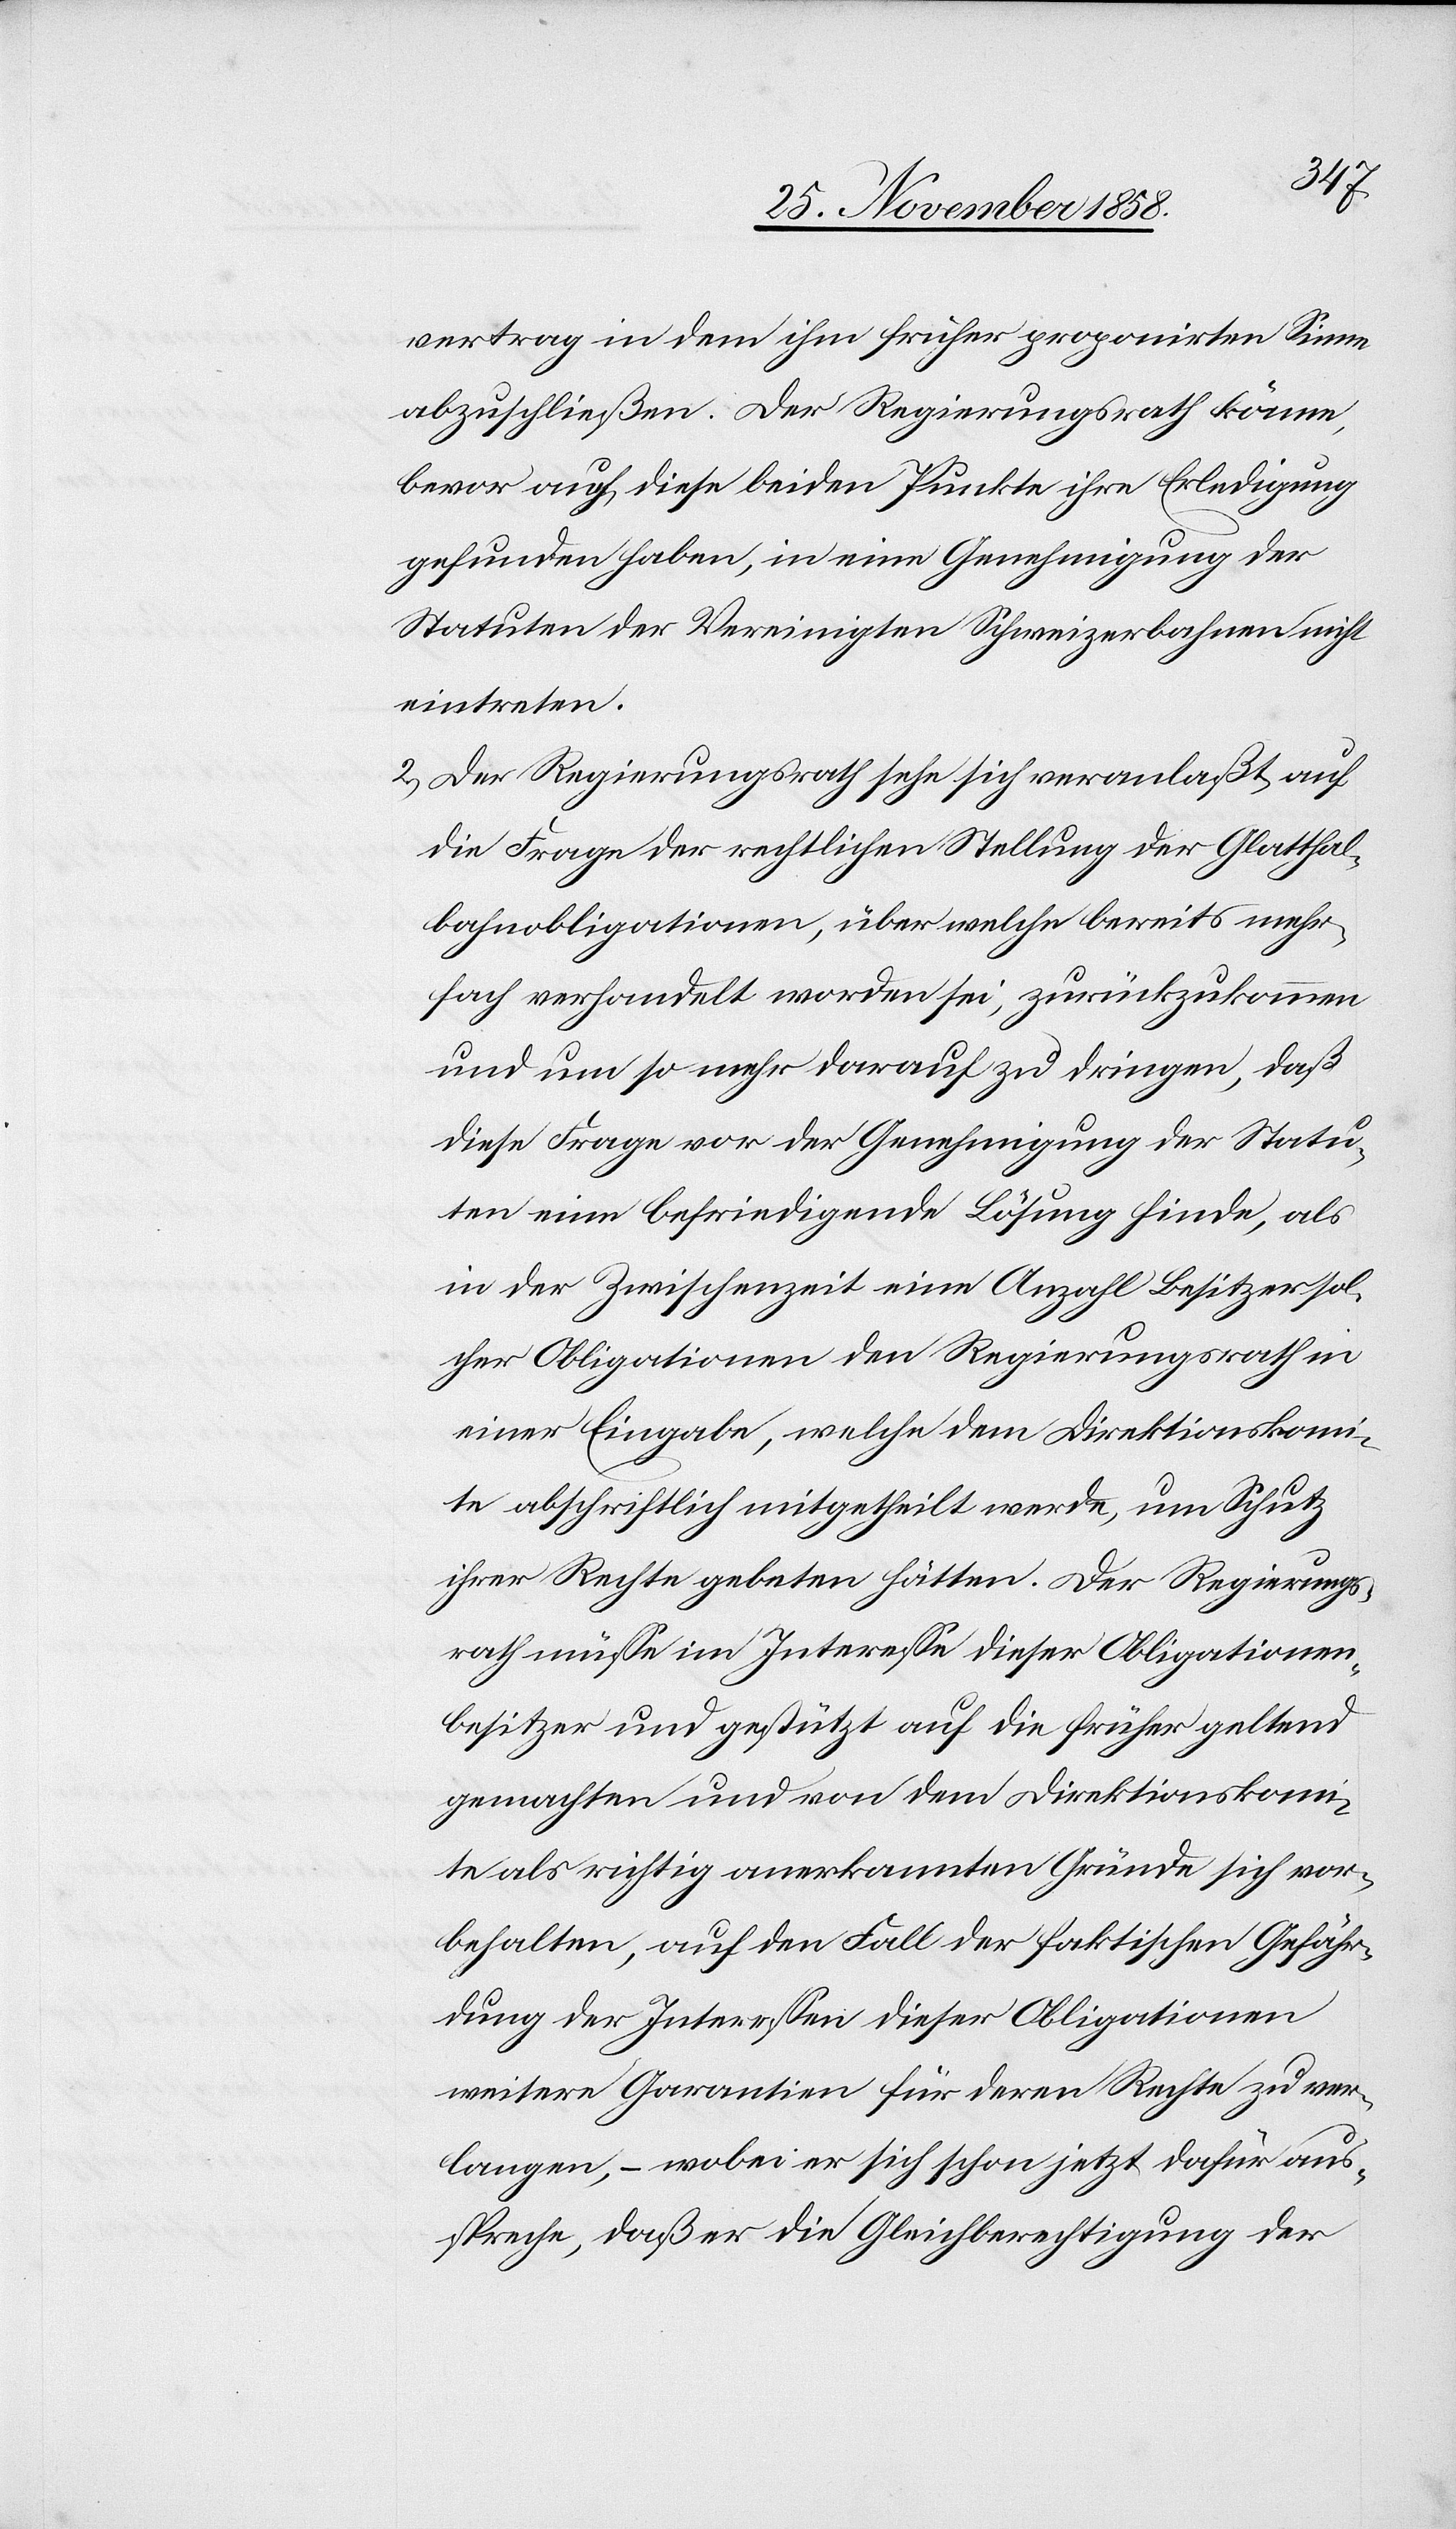
vertrag in dem ihm früher proponirten Sinne
abzuschließen. Der Regierungsrath könne,
bevor auch diese beiden Punkte ihre Erledigung
gefunden haben, in eine Genehmigung der
Statuten der Vereinigten Schweizerbahnen nicht
eintreten.
Der Regierungsrath sehe sich veranlaßt, auf
die Frage der rechtlichen Stellung der Glatthal¬
bahnobligationen, über welche bereits mehr¬
fach verhandelt worden sei, zurückzukommen
und um so mehr darauf zu dringen, daß
diese Frage vor der Genehmigung der Statu¬
ten eine befriedigende Lösung finde, als
in der Zwischenzeit eine Anzal Besitzer sol¬
cher Obligationen den Regierungsrath in
einer Eingabe, welche dem Direktionskomi¬
te abschriftlich mitgetheilt werde, um Schutz
ihrer Rechte gebeten hätten. Der Regierungs¬
rath müsse im Interesse dieser Obligationen¬
besitzer und gestützt auf die früher geltend
gemachten und von dem Direktionskomi¬
te als richtig anerkannten Gründe sich vor¬
behalten, auf den Fall der faktischen Gefähr¬
dung der Interessen dieser Obligationen
weitere Garantien für deren Rechte zu ver¬
langen, – wobei er sich schon jetzt darüber aus¬
spreche, daß er die Gleichberechtigung der